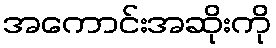
အကောင်းအဆိုးကို